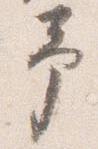
予